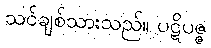
သင်ချစ်သားသည်။ ပဋိပဇ္ဇ